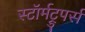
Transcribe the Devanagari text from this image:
स्टॉर्मट्रुपर्स